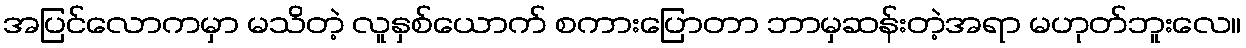
အပြင်လောကမှာ မသိတဲ့ လူနှစ်ယောက် စကားပြောတာ ဘာမှဆန်းတဲ့အရာ မဟုတ်ဘူးလေ။